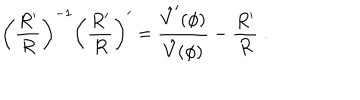
\left( { \frac { R ^ { \prime } } { R } } \right) ^ { - 1 } \left( { \frac { R ^ { \prime } } { R } } \right) ^ { \prime } = { \frac { \hat { V } ^ { \prime } ( \phi ) } { \hat { V } ( \phi ) } } - { \frac { R ^ { \prime } } { R } } \; .